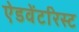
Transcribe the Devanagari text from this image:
ऐडवेंटरिस्ट